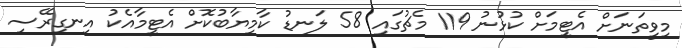
މިވީތަނަށް އެޓީމަށް ކުޅުނު 119 މެޗުގައި 58 ލަނޑު ކާމިޔާބުކޮށް އެޓީމާއެކު އިނގިރޭސި